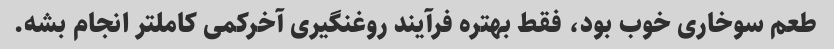
طعم سوخاری خوب بود، فقط بهتره فرآیند روغنگیری آخرکمی کاملتر انجام بشه.